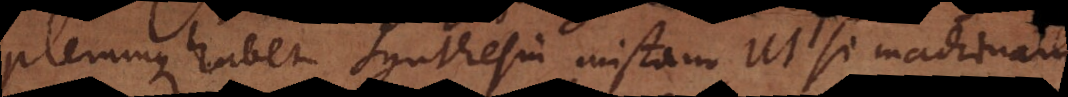
plerumque habet synthesin mistam, ut si machinam